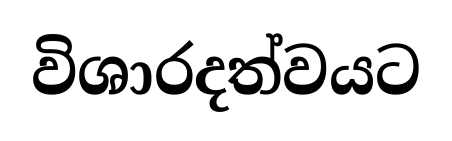
විශාරදත්වයට